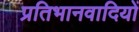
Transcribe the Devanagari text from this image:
प्रतिभानवादियों